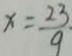
x = \frac { 2 3 } { 9 } .